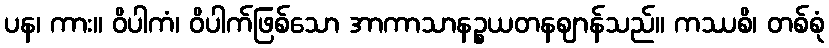
ပန၊ ကား။ ဝိပါကံ၊ ဝိပါက်ဖြစ်သော အာကာသာနဉ္စယတနဈာန်သည်။ ကဿစိ၊ တစ်စုံ